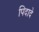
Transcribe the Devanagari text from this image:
पिदादे